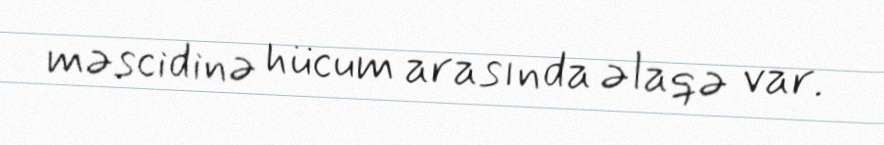
məscidinə hücum arasında əlaqə var.